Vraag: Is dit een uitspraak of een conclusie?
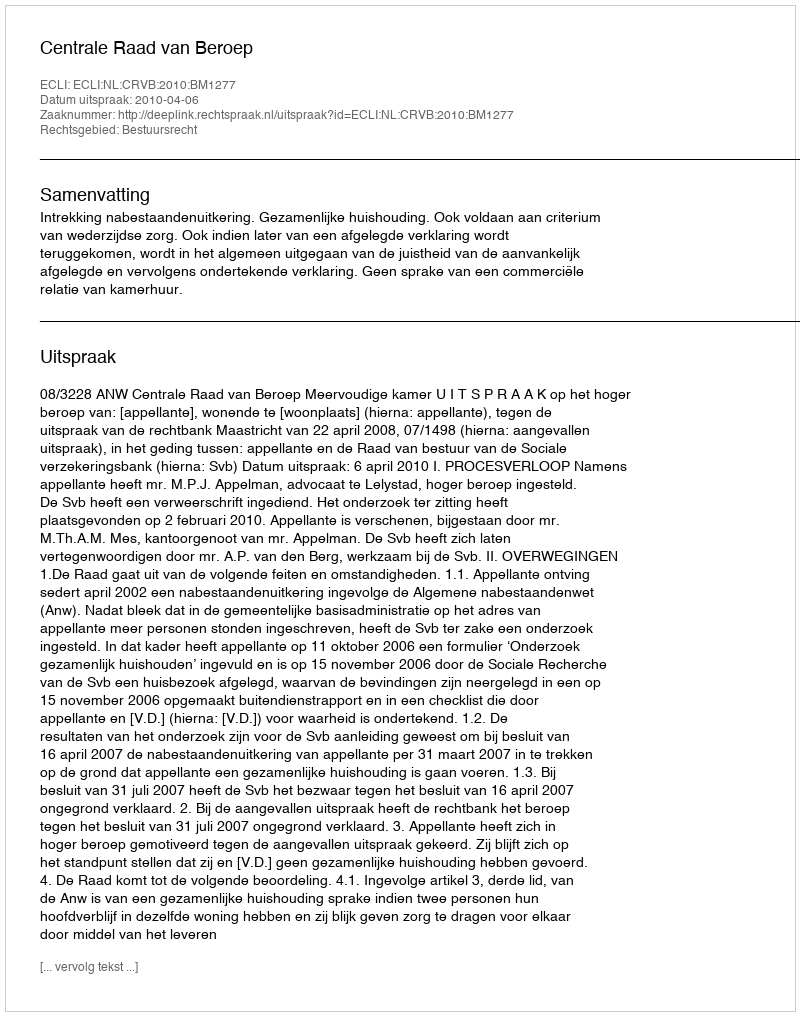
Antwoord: Uitspraak